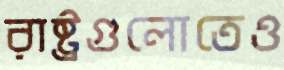
রাষ্ট্রগুলোতেও